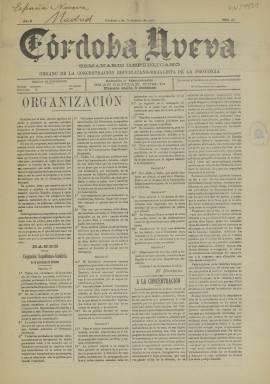
Título: Córdoba nueva
Colección: Periódicos
Ámbito geográfico: Córdoba
Lugar de publicación: Córdoba
Fechas: 09/11/1910-09/11/1910